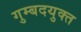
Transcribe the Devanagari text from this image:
गुम्बदयुक्त